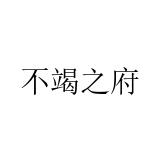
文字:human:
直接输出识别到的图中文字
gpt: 不竭之府